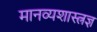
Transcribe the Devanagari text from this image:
मानव्यशास्त्रज्ञ